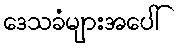
ဒေသခံများအပေါ်